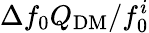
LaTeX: \Delta f_{0}Q_{\mathrm{DM}}/f_{0}^{i}